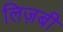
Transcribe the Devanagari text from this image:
लिज़बी